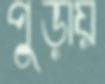
পুড়ায়